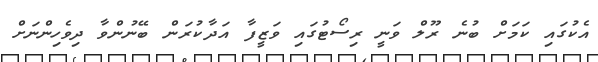
އެކުގައި ކަމަށް ބުނެ ރޫލް ވަނީ ރިސޯޓުގައި ވަޒީފާ އަދާކުރަން ބޭނުންވާ ދިވެހިންނަށް